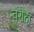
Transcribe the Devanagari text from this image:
चरौदा